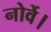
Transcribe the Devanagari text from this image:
नोर्वे।